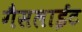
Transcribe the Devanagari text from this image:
गैसलाईट